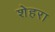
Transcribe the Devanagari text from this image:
शेहरा